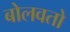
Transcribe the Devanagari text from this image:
बोलवतो